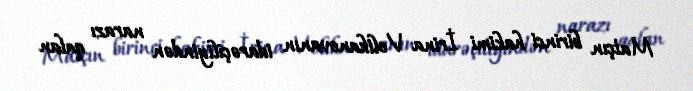
Matçın birinci hakimi İrina Velikanovanın idarəçiliyindən narazı qalan